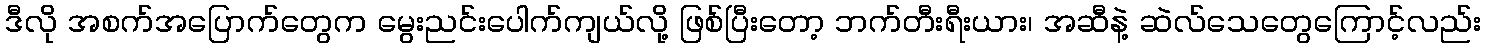
ဒီလို အစက်အပြောက်တွေက မွေးညင်းပေါက်ကျယ်လို့ ဖြစ်ပြီးတော့ ဘက်တီးရီးယား၊ အဆီနဲ့ ဆဲလ်သေတွေကြောင့်လည်း